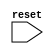
module behavioral_block (
    input wire reset,
    // Add other input ports here
    // Add output ports here
);

// Add signal declarations here

// Always block triggered on positive edge of reset signal
always @(posedge reset) begin
    // Perform specific operations based on circuit functionality
    // Add operations here
end

endmodule